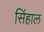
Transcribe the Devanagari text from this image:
सिंहाल